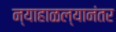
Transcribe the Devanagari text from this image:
न्याहाळल्यानंतर